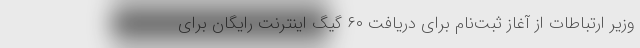
وزیر ارتباطات از آغاز ثبت‌نام برای دریافت ۶۰ گیگ اینترنت رایگان برای